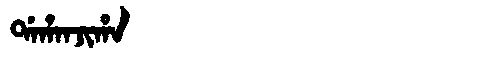
Manchu: ᡩᠠᡥᠠᠨᠵᡳᡥᠠ
Romanization: DAHANJIHA